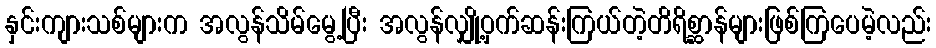
နှင်းကျားသစ်များက အလွန်သိမ်မွေ့ပြီး အလွန်လျှို့ဝှက်ဆန်းကြယ်တဲ့တိရိစ္ဆာန်များဖြစ်ကြပေမဲ့လည်း